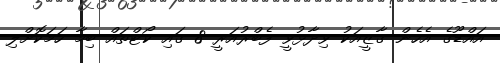
އައްޑޫގެ އެހެން ގާޒީއަކު ވިދާޅުވީ ފެބްރުއަރީ 8 ގައި ކޯޓްތައް ބިމާ ހަމަކޮށްލި